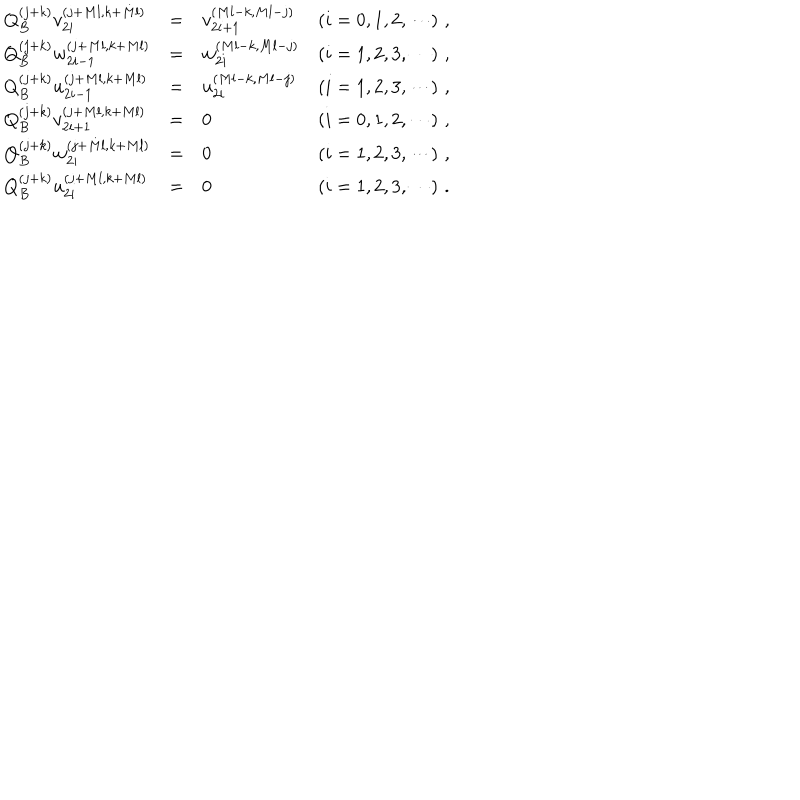
\begin{array} { l c l r } { { Q _ { B } ^ { ( j + k ) } v _ { 2 i } ^ { ( j + M l , k + M l ) } } } & { { = } } & { { v _ { 2 i + 1 } ^ { ( M l - k , M l - j ) } } } & { { ( i = 0 , 1 , 2 , \cdots ) \, \, , } } \\ { { Q _ { B } ^ { ( j + k ) } w _ { 2 i - 1 } ^ { ( j + M l , k + M l ) } } } & { { = } } & { { w _ { 2 i } ^ { ( M l - k , M l - j ) } } } & { { ( i = 1 , 2 , 3 , \cdots ) \, \, , } } \\ { { Q _ { B } ^ { ( j + k ) } u _ { 2 i - 1 } ^ { ( j + M l , k + M l ) } } } & { { = } } & { { u _ { 2 i } ^ { ( M l - k , M l - j ) } } } & { { ( i = 1 , 2 , 3 , \cdots ) \, \, , } } \\ { { Q _ { B } ^ { ( j + k ) } v _ { 2 i + 1 } ^ { ( j + M l , k + M l ) } } } & { { = } } & { { 0 } } & { { ( i = 0 , 1 , 2 , \cdots ) \, \, , } } \\ { { Q _ { B } ^ { ( j + k ) } w _ { 2 i } ^ { ( j + M l , k + M l ) } } } & { { = } } & { { 0 } } & { { ( i = 1 , 2 , 3 , \cdots ) \, \, , } } \\ { { Q _ { B } ^ { ( j + k ) } u _ { 2 i } ^ { ( j + M l , k + M l ) } } } & { { = } } & { { 0 } } & { { ( i = 1 , 2 , 3 , \cdots ) \, \, . } } \\ \end{array}